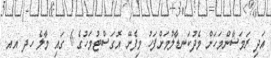
އަދި ރަމަޟާންމަހަށް މެދުކަނޑާލުމަށްފަހު މިފެށޭ އޮގަސްޓުމަހުގެ 6 ގައި މާލެ ހދ އއ.